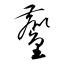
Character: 鏖